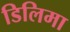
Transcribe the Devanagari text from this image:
डिलिमा